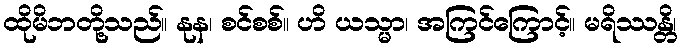
ထိုမိဘတို့သည်။ နုန၊ စင်စစ်။ ဟိ ယသ္မာ၊ အကြင်ကြောင့်။ မရိဿန္တိ၊